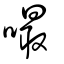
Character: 嘬